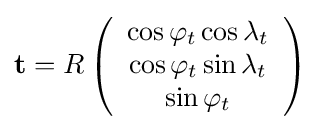
{\mathbf {t} }=R\left({\begin{array}{c}\cos \varphi _{t}\cos \lambda _{t}\\\cos \varphi _{t}\sin \lambda _{t}\\\sin \varphi _{t}\end{array}}\right)